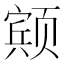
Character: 𱂸